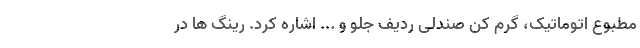
مطبوع اتوماتیک، گرم کن صندلی ردیف جلو و ... اشاره کرد. رینگ ها در